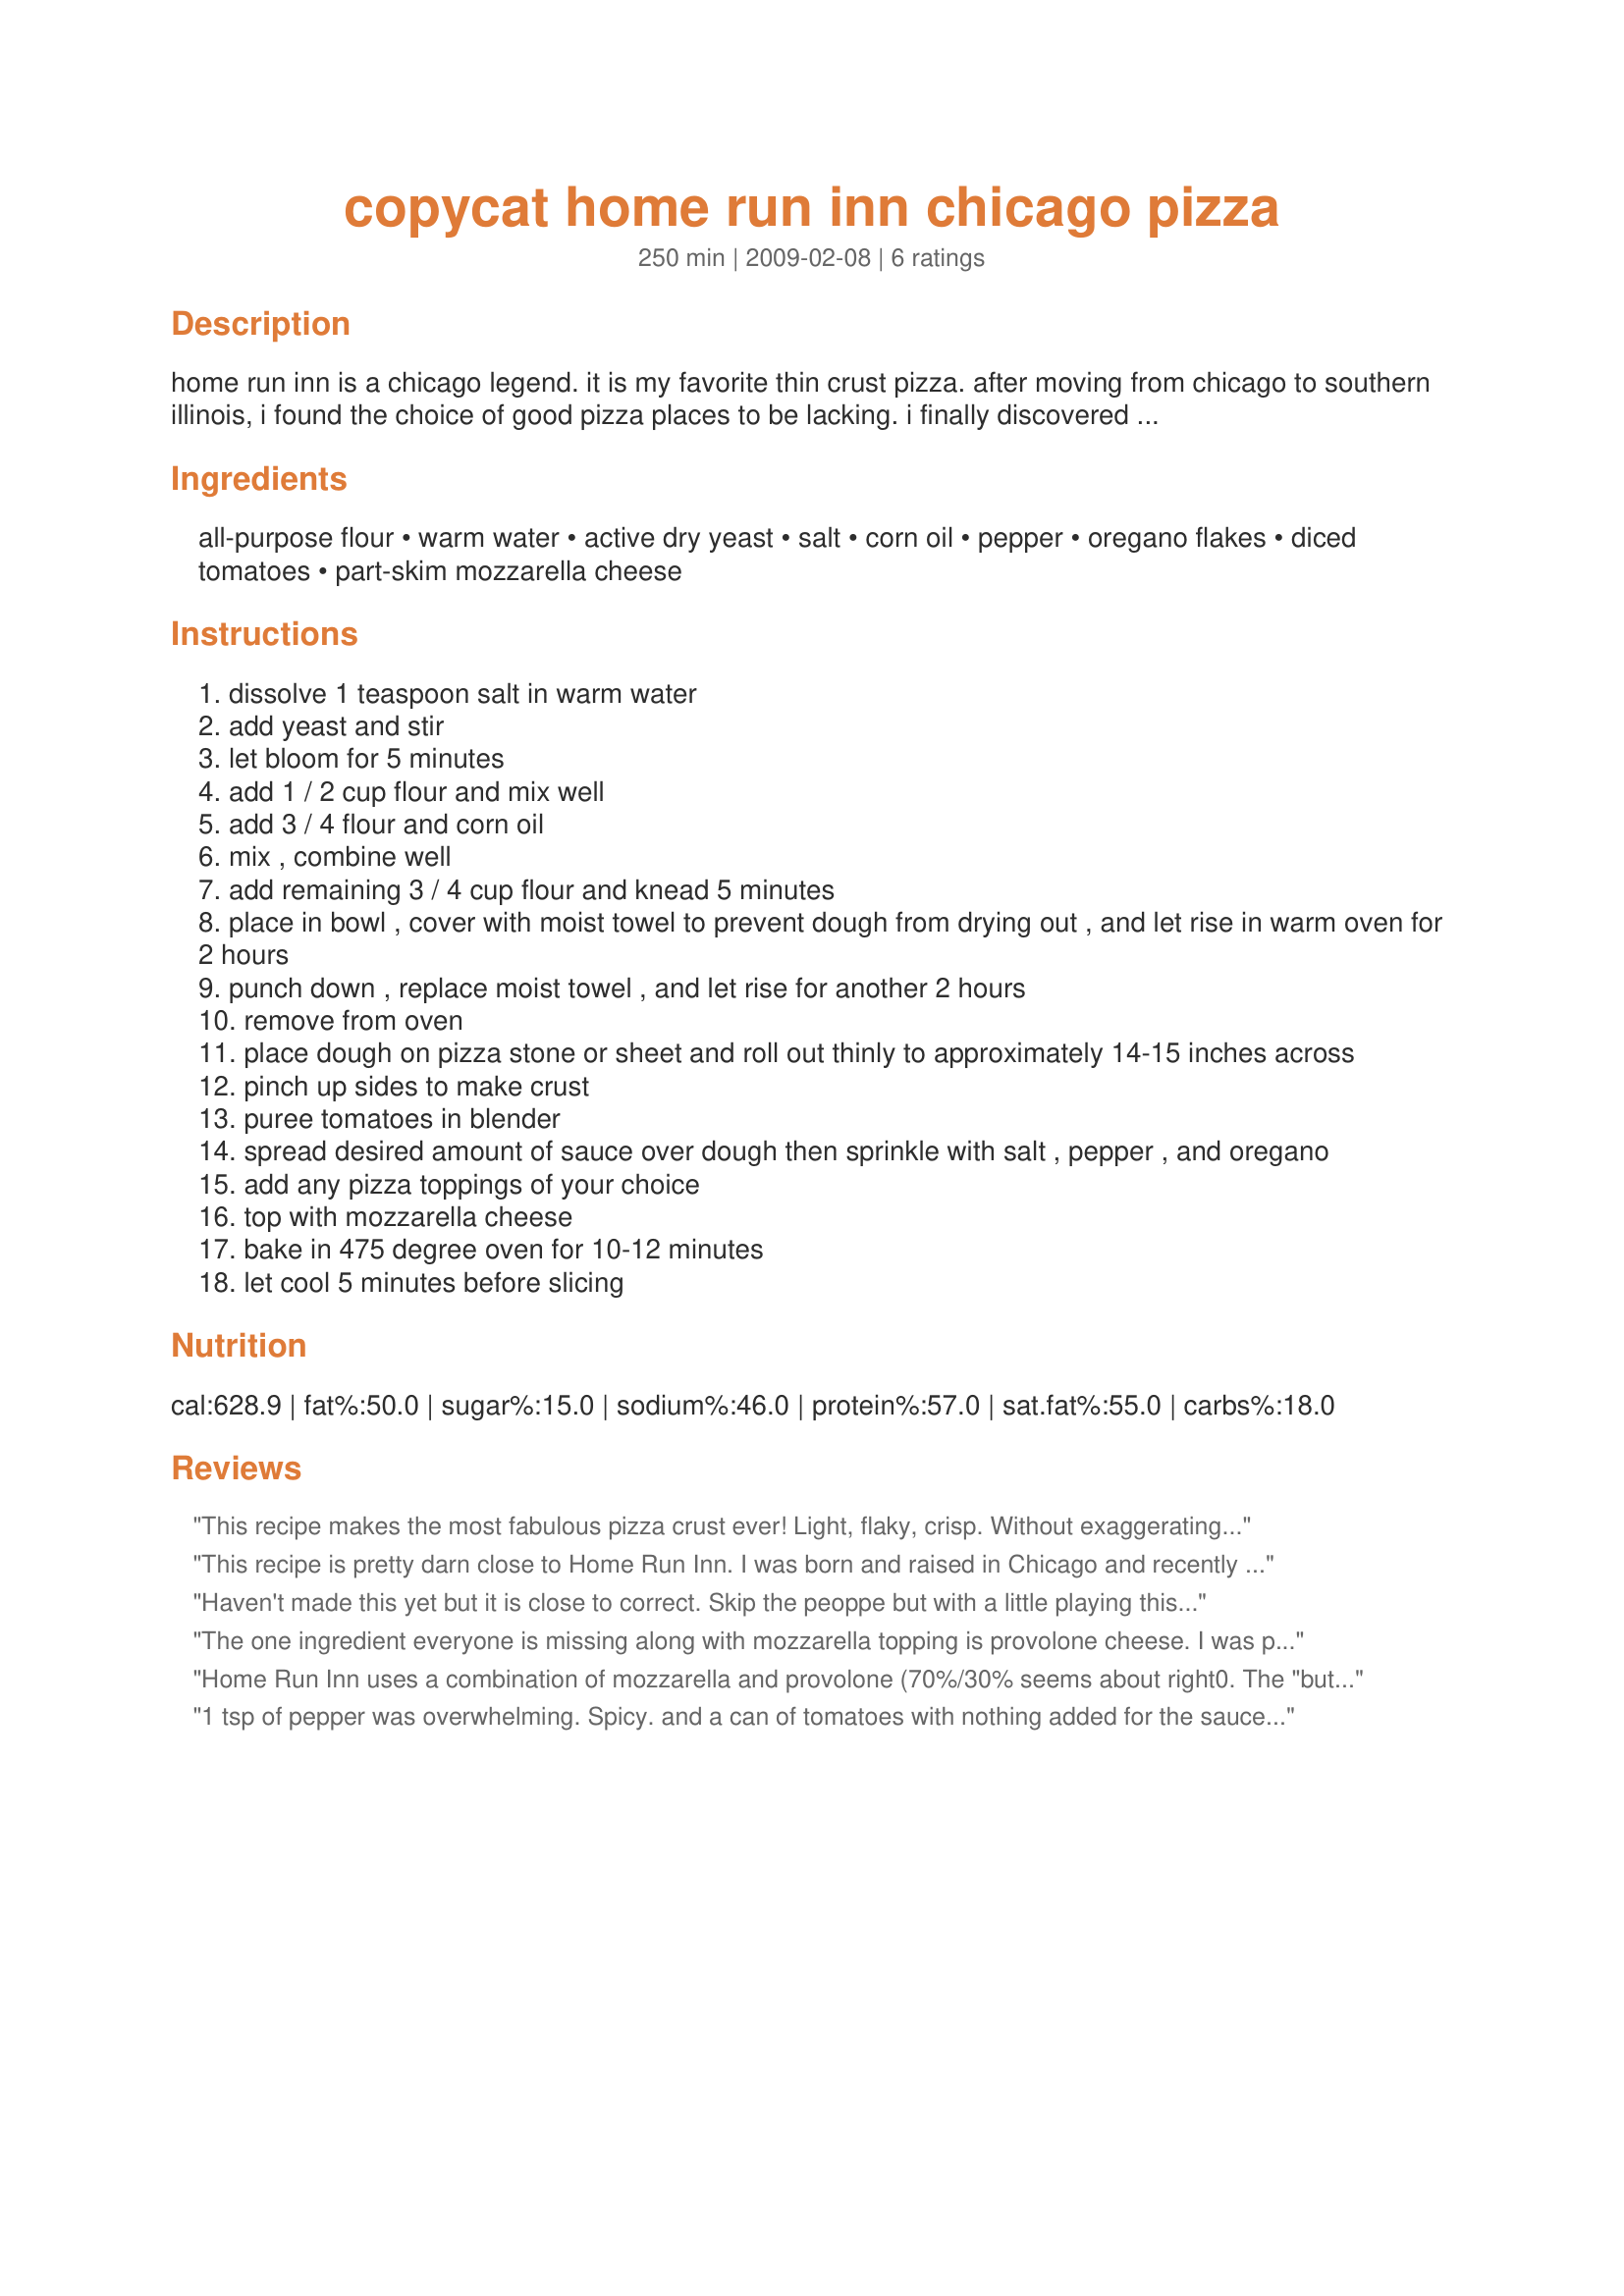
copycat home run inn chicago pizza
Preparation time: 250 minutes

home run inn is a chicago legend. it is my favorite thin crust pizza. after moving from chicago to southern illinois, i found the choice of good pizza places to be lacking. i finally discovered a grocery store that sold frozen home run inn pizza. my recipe comes from one that i found on a pizza website, compared it to the ingredients on the frozen pizza box, and tweaked it to my liking. now this reminds me of sweet home chicago! it's definitely worth the time to make. enjoy. (recipe doubles well.)

Ingredients:
all-purpose flour, warm water, active dry yeast, salt, corn oil, pepper, oregano flakes, diced tomatoes, part-skim mozzarella cheese

Steps:
dissolve 1 teaspoon salt in warm water
add yeast and stir
let bloom for 5 minutes
add 1 / 2 cup flour and mix well
add 3 / 4 flour and corn oil
mix , combine well
add remaining 3 / 4 cup flour and knead 5 minutes
place in bowl , cover with moist towel to prevent dough from drying out , and let rise in warm oven for 2 hours
punch down , replace moist towel , and let rise for another 2 hours
remove from oven
place dough on pizza stone or sheet and roll out thinly to approximately 14-15 inches across
pinch up sides to make crust
puree tomatoes in blender
spread desired amount of sauce over dough then sprinkle with salt , pepper , and oregano
add any pizza toppings of your choice
top with mozzarella cheese
bake in 475 degree oven for 10-12 minutes
let cool 5 minutes before slicing

Reviews:
This recipe makes the most fabulous pizza crust ever! Light, flaky, crisp. Without exaggerating, it's the best pizza crust I've eaten ... anywhere.
This recipe is pretty darn close to Home Run Inn. I was born and raised in Chicago and recently moved to Seattle. My husband and I miss Home Run Inn pizza. We cannot even get it frozen. Therefore, this is such a nice treat! Thank you MssMcMom :)
Haven't made this yet but it is close to correct. Skip the peoppe but with a little playing this will taste like HRI. The sauce is very close as you just purée your tomatoes, add some water and oregano. I am guessing two thirds puréed tomatoes with 1/3 water. The corn oil is correct as well. What is difficult is the ratio or water to corn oil. Home Run Inn uses a blend of mozzarella cheeses so get the low fat, whole milk and skim to be perfect, 1/3 of each.<br/><br/>Here is a link to a site where they copy all the top pizza names. The link is for their version of HRI.<br/><br/>http://www.pizzamaking.com/forum/index.php/topic,6112.0.html
The one ingredient everyone is missing along with mozzarella topping is provolone cheese. I was puzzled for a long time something was missing. Until a friend said provolone cheese with the mozzarella. I tried it and bulls eye, just drizzle some on top with the mozzarella.
Home Run Inn uses a combination of mozzarella and provolone (70%/30% seems about right0. The "buttery" taste is from the corn oil--there is no butter in the crust.
1 tsp of pepper was overwhelming. Spicy. and a can of tomatoes with nothing added for the sauce? This is nothing like home run in pizza. the crust would have been ok without so much pepper and if you use half butter and half oil, it might taste a little bit like home-run inn pizza crust. but this recipe as-is....blech.
